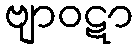
ဗျာဝဋာ